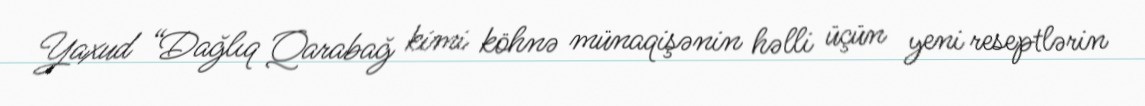
Yaxud “Dağlıq Qarabağ kimi köhnə münaqişənin həlli üçün yeni reseptlərin